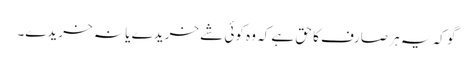
گو کہ یہ ہر صارف کا حق ہے کہ وہ کوئی شے خریدے یا نہ خریدے۔